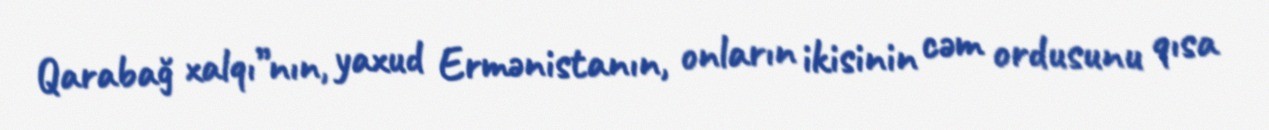
Qarabağ xalqı”nın, yaxud Ermənistanın, onların ikisinin cəm ordusunu qısa